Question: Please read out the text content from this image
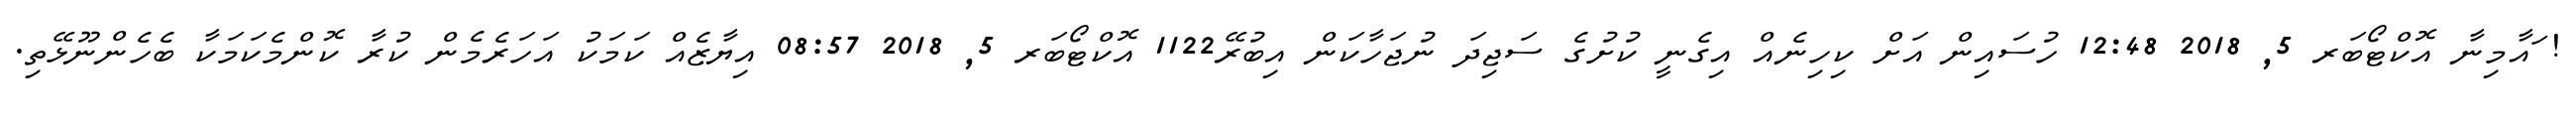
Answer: ! ައާމިނާ އޮކްޓޯބަރ 5, 2018 12:48 ހުސައިން އަށް ކިހިނެއް އިގެނީ ކުށުގެ ސަޖިދަ ނުޖަހާކަން އިބުރޭ1122 އޮކްޓޯބަރ 5, 2018 08:57 އިޔާޒެއް ކަމަކު އަހަރެމެން ކުރާ ކޮންމެކަމަކާ ބެހެންނޫޅޭތި.